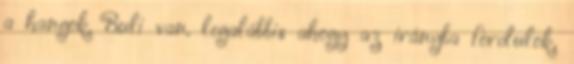
a hangok. Buli van. legalábbis ahogy az irányba fordulok,